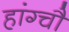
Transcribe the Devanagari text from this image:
हांग्चौ